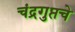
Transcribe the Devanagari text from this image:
चंद्रगुप्तचे